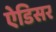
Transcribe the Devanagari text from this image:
ऐडिसर